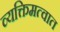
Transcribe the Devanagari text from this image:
व्यक्तिमत्वात